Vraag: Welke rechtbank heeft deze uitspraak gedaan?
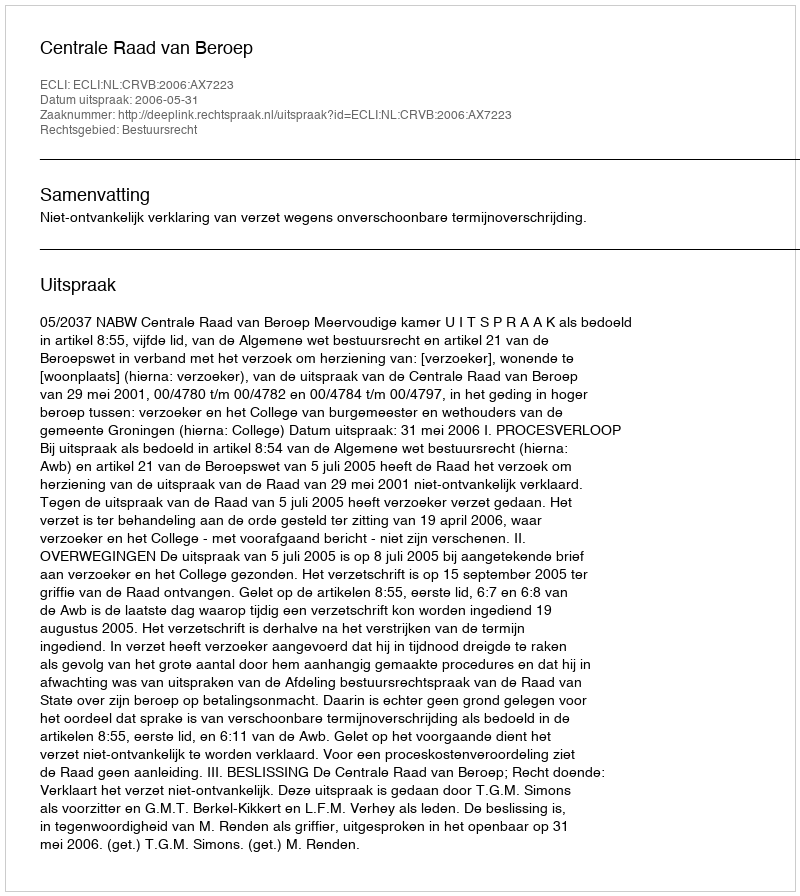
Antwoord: Centrale Raad van Beroep